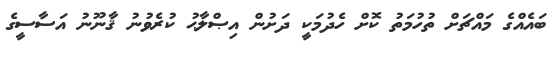
ބައެއްގެ މައްޗަށް ތުހުމަތު ކޮށް ހެދުމަކީ ދަށުން އިޞްލާޙު ކުރެވުނު ޤާނޫނު އަސާސީގެ